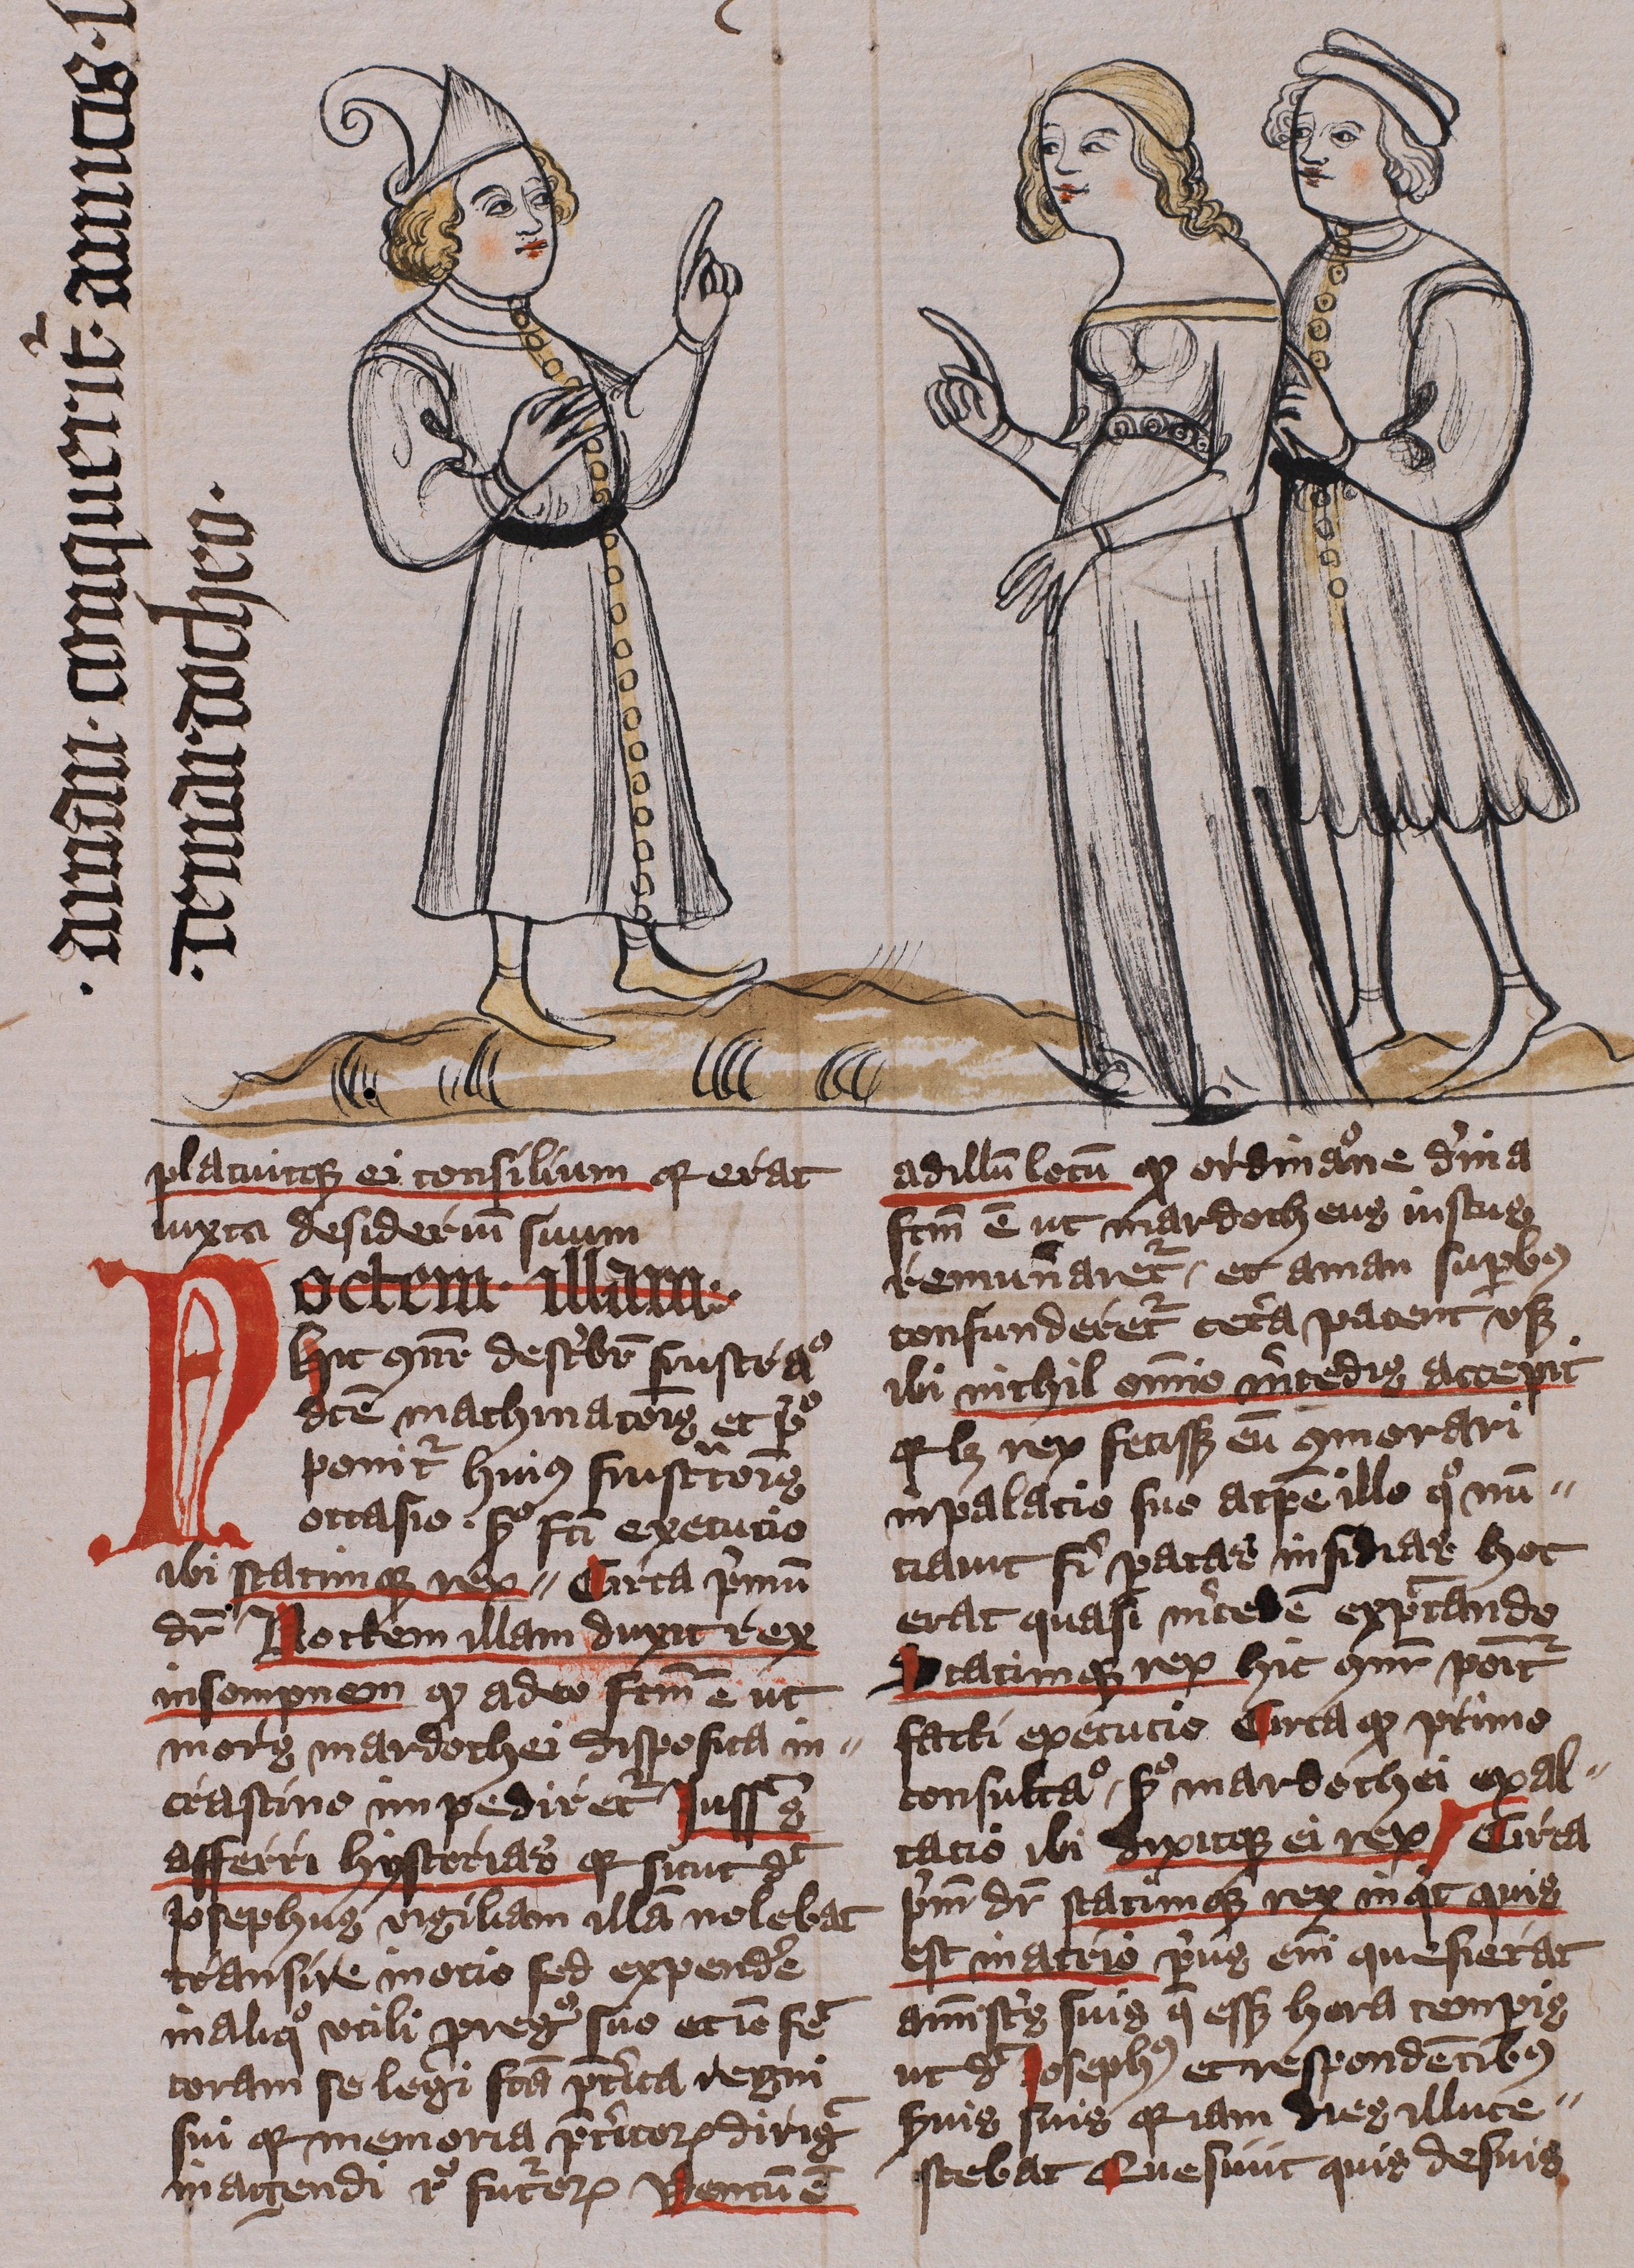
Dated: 1400–1401